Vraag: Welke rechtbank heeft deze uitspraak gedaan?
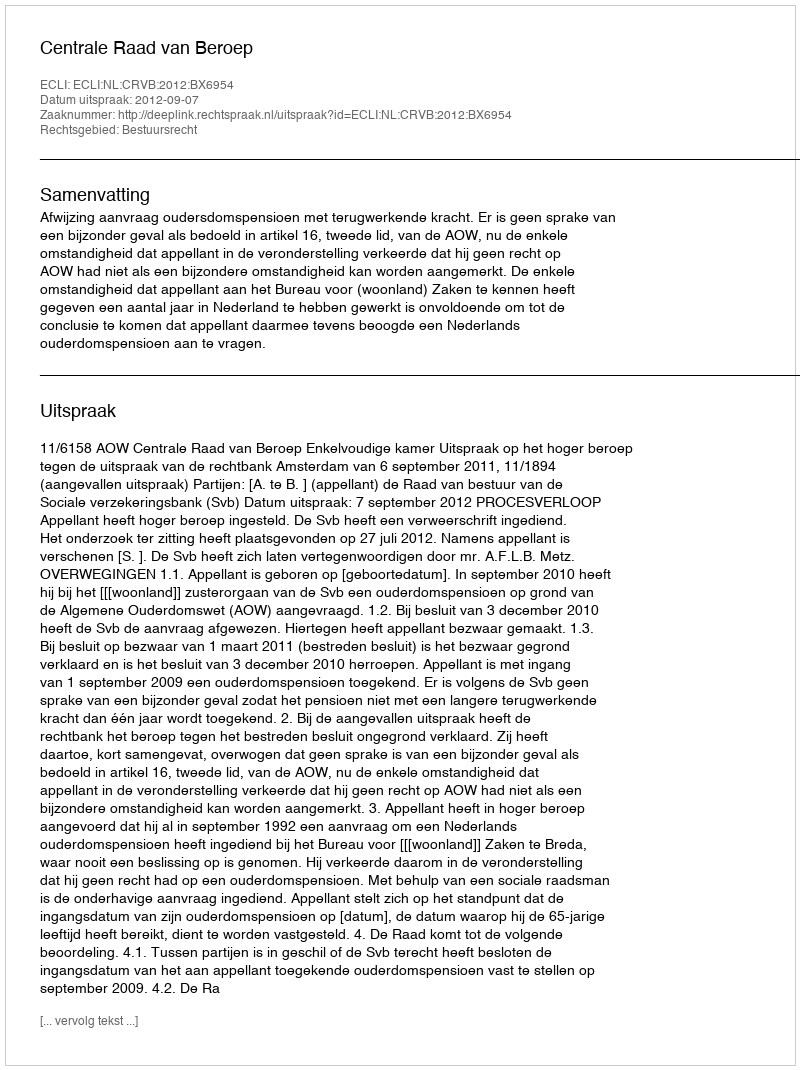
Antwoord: Centrale Raad van Beroep